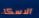
الاسكا